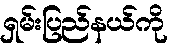
ရှမ်းပြည်နယ်ကို